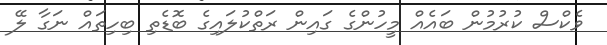
ވެކްސް ކުރުމުން ބައެއް މީހުންގެ ގައިން ރަތްކުލައިގެ ބޮޑެތި ބިހިތައް ނަގާ ލޭ